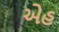
એહ